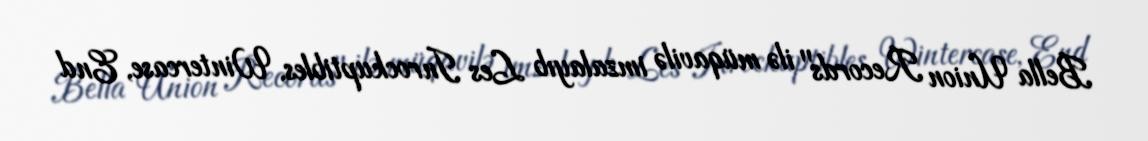
Bella Union Records" ilə müqavilə imzalayıb Les Inrockuptibles, Wintercase, End